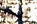
ابحث